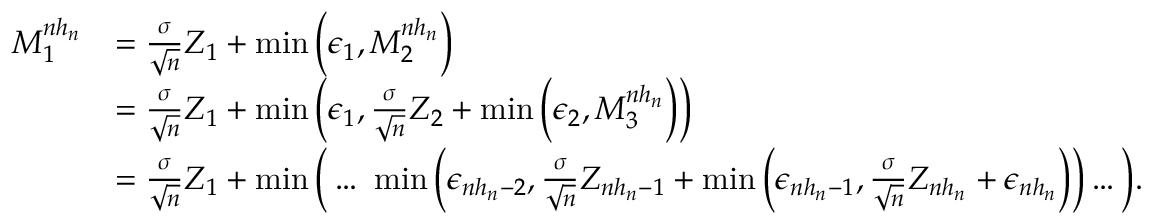
\begin{array} { r l } { M _ { 1 } ^ { n h _ { n } } } & { = \frac { \sigma } { \sqrt { n } } Z _ { 1 } + \operatorname* { m i n } \Big ( \epsilon _ { 1 } , M _ { 2 } ^ { n h _ { n } } \Big ) } \\ & { = \frac { \sigma } { \sqrt { n } } Z _ { 1 } + \operatorname* { m i n } \Big ( \epsilon _ { 1 } , \frac { \sigma } { \sqrt { n } } Z _ { 2 } + \operatorname* { m i n } \Big ( \epsilon _ { 2 } , M _ { 3 } ^ { n h _ { n } } \Big ) \Big ) } \\ & { = \frac { \sigma } { \sqrt { n } } Z _ { 1 } + \operatorname* { m i n } \bigg ( \ldots ~ \operatorname* { m i n } \bigg ( \epsilon _ { n h _ { n } - 2 } , \frac { \sigma } { \sqrt { n } } Z _ { n h _ { n } - 1 } + \operatorname* { m i n } \Big ( \epsilon _ { n h _ { n } - 1 } , \frac { \sigma } { \sqrt { n } } Z _ { n h _ { n } } + \epsilon _ { n h _ { n } } \Big ) \bigg ) \ldots \bigg ) . } \end{array}